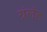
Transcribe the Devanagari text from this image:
ग्रंलंड